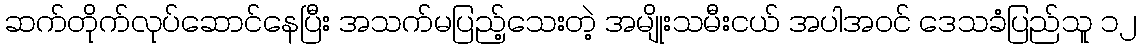
ဆက်တိုက်လုပ်ဆောင်နေပြီး အသက်မပြည့်သေးတဲ့ အမျိုးသမီးငယ် အပါအဝင် ဒေသခံပြည်သူ ၁၂